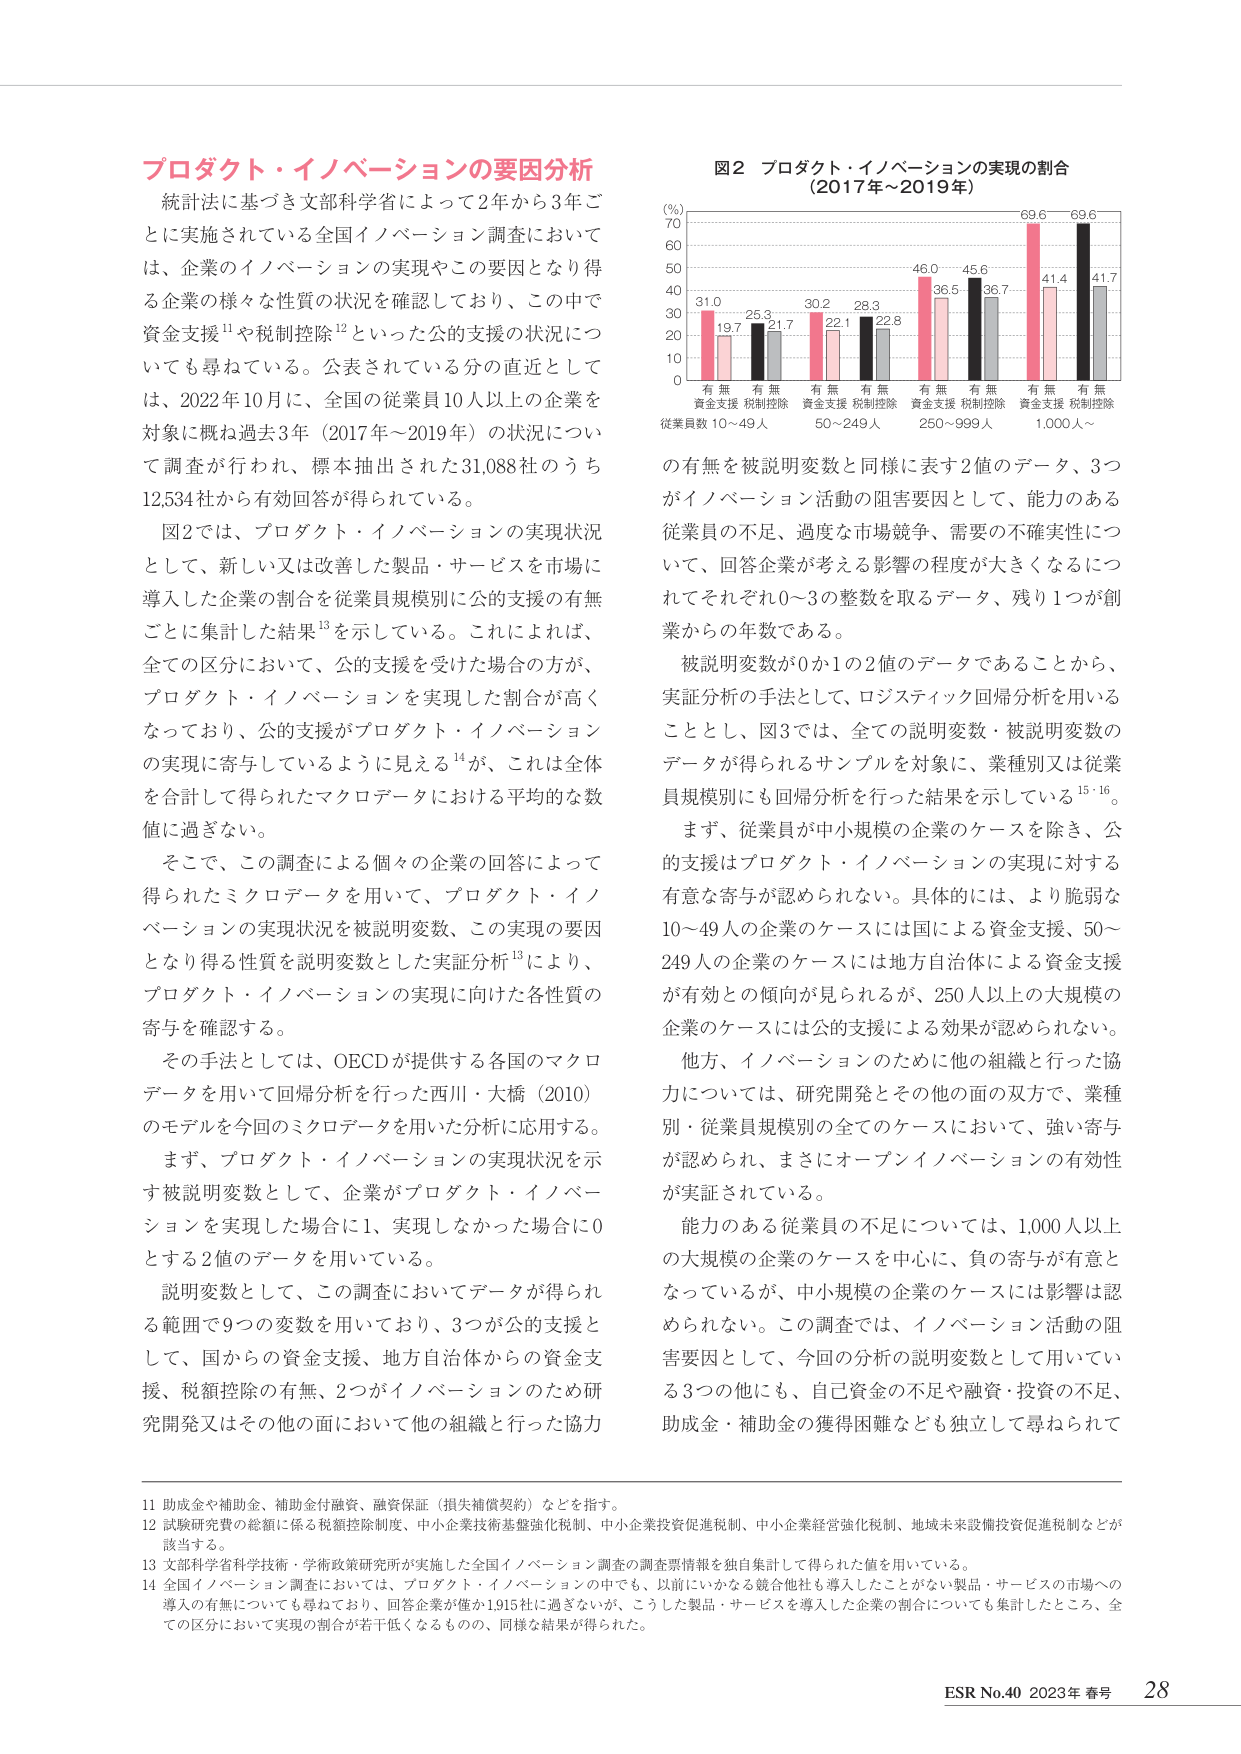
プロダクト・イノベーションの要因分析
統計法に基づき文部科学省によって2年から3年ごとに実施されている全国イノベーション調査においては、企業のイノベーションの実現やこの要因となり得る企業の様々な性質の状況を確認しており、この中で資金支援¹¹や税制控除¹²といった公的支援の状況についても尋ねている。公表されている分の直近としては、2022年10月に、全国の従業員10人以上の企業を対象に概ね過去3年（2017年～2019年）の状況について調査が行われ、標本抽出された31,088社のうち12,534社から有効回答が得られている。

図2では、プロダクト・イノベーションの実現状況として、新しい又は改善した製品・サービスを市場に導入した企業の割合を従業員規模別に公的支援の有無ごとに集計した結果¹³を示している。これによれば、全ての区分において、公的支援を受けた場合の方が、プロダクト・イノベーションを実現した割合が高くなっており、公的支援がプロダクト・イノベーションの実現に寄与しているように見える¹⁴が、これは全体を合計して得られたマクロデータにおける平均的な数値に過ぎない。

そこで、この調査による個々の企業の回答によって得られたミクロデータを用いて、プロダクト・イノベーションの実現状況を被説明変数、この実現の要因となり得る性質を説明変数とした実証分析¹³により、プロダクト・イノベーションの実現に向けた各性質の寄与を確認する。

その手法としては、OECDが提供する各国のマクロデータを用いて回帰分析を行った西川・大橋（2010）のモデルを今回のミクロデータを用いた分析に応用する。

まず、プロダクト・イノベーションの実現状況を示す被説明変数として、企業がプロダクト・イノベーションを実現した場合に1、実現しなかった場合に0とする2値のデータを用いている。

説明変数として、この調査においてデータが得られる範囲で9つの変数を用いており、3つが公的支援として、国からの資金支援、地方自治体からの資金支援、税額控除の有無、2つがイノベーションのため研究開発又はその他の面において他の組織と行った協力の有無を被説明変数と同様に表す2値のデータ、3つがイノベーション活動の阻害要因として、能力のある従業員の不足、過度な市場競争、需要の不確実性について、回答企業が考える影響の程度が大きくなるにつれてそれぞれ0～3の整数を取るデータ、残り1つが創業からの年数である。

被説明変数が0か1の2値のデータであることから、実証分析の手法として、ロジスティック回帰分析を用いることとし、図3では、全ての説明変数・被説明変数のデータが得られるサンプルを対象に、業種別又は従業員規模別に回帰分析を行った結果を示している¹⁵・¹⁶。

まず、従業員が中小規模の企業のケースを除き、公的支援はプロダクト・イノベーションの実現に対する有意な寄与が認められない。具体的には、より脆弱な10～49人の企業のケースには国による資金支援、50～249人の企業のケースには地方自治体による資金支援が有効との傾向が見られるが、250人以上の大規模の企業のケースには公的支援による効果が認められない。

他方、イノベーションのために他の組織と行った協力については、研究開発とその他の面の双方で、業種別・従業員規模別の全てのケースにおいて、強い寄与が認められ、まさにオープンイノベーションの有効性が実証されている。

能力のある従業員の不足については、1,000人以上の大規模の企業のケースを中心に、負の寄与が有意となっているが、中小規模の企業のケースには影響は認められない。この調査では、イノベーション活動の阻害要因として、今回の分析の説明変数として用いている3つの他にも、自己資金の不足や融資・投資の不足、助成金・補助金の獲得困難なども独立して尋ねられて

図2 プロダクト・イノベーションの実現の割合
（2017年～2019年）
(%)
70
60
50
40
30
20
10
0
有 無
資金支援 税制控除
従業員数 10～49人
31.0 25.3
19.7 21.7
有 無
資金支援 税制控除
50～249人
30.2 28.3
22.1 22.8
有 無
資金支援 税制控除
250～999人
46.0 45.6
36.5 36.7
有 無
資金支援 税制控除
1,000人～
69.6 69.6
41.4 41.7

11 助成金や補助金、補助金付融資、融資保証（損失補償契約）などを指す。
12 試験研究費の総額に係る税額控除制度、中小企業技術基盤強化税制、中小企業投資促進税制、中小企業経営強化税制、地域未来設備投資促進税制などが該当する。
13 文部科学省科学技術・学術政策研究所が実施した全国イノベーション調査の調査票情報を独自集計して得られた値を用いている。
14 全国イノベーション調査においては、プロダクト・イノベーションの中でも、以前にいかなる競合他社も導入したことがない製品・サービスの市場への導入の有無についても尋ねており、回答企業が僅か1,915社に過ぎないが、こうした製品・サービスを導入した企業の割合についても集計したところ、全ての区分において実現の割合が若干低くなるものの、同様な結果が得られた。

ESR No.40 2023年 春号 28